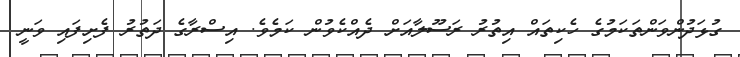
ގުޅަދުންވަންތަކަމުގެ ހެކިތައް އިތުރު ރަސޫލާއަށް ދެއްކެވުން ކަމެވެ. އިސްރާގެ ދަތުރު ފެށިފައި ވަނީ